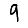
Digit: 9